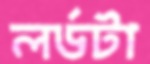
লর্ডটা